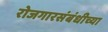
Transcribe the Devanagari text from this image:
रोजगारसंबंधीच्या